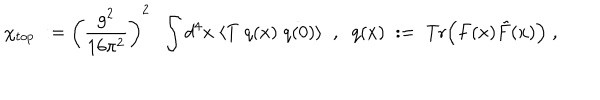
LaTeX: \chi _ { t o p } \; : = \left( \frac { g ^ { 2 } } { 1 6 \pi ^ { 2 } } \right) ^ { 2 } \; \; \int d ^ { 4 } x \; \langle T \; q ( x ) \; q ( 0 ) \rangle \; \; , \; \; q ( x ) \; : = \; \mathrm { T r } \Big ( F ( x ) \tilde { F } ( x ) \Big ) \; ,